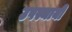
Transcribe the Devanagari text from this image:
उपस्थायी